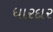
ધારદાર